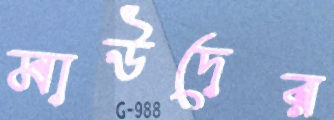
মাউদের